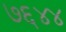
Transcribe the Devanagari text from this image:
७६४४